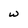
Character: w